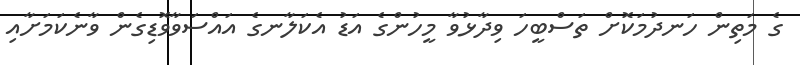
ގެ މަތިން ހަނދުމަކޮށް ތަސްބީހަ ވިދާޅުވާ މީހުންގެ އަޑު އެކަލާނގެ އައްސަވާވޮޑިގެން ވާނެކަމަށާއި